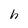
Character: h